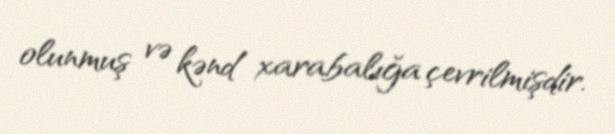
olunmuş və kənd xarabalığa çevrilmişdir.